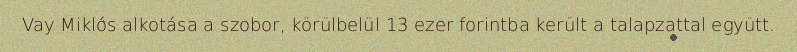
Vay Miklós alkotása a szobor, körülbelül 13 ezer forintba került a talapzattal együtt.